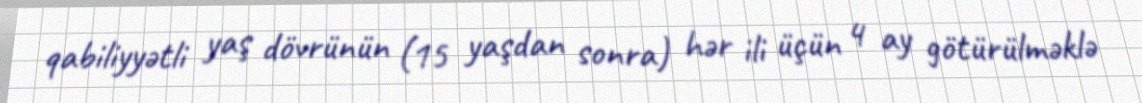
qabiliyyətli yaş dövrünün (15 yaşdan sonra) hər ili üçün 4 ay götürülməklə